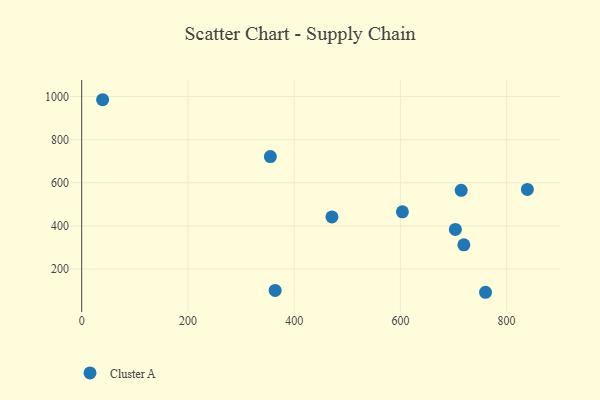
{"axis": {"x": "Price", "y": "Fuel Efficiency"}, "legend": ["Cluster A"], "data": [{"x": "719.5", "y": 312.5, "type": "Cluster A"}, {"x": "703.5", "y": 383.7, "type": "Cluster A"}, {"x": "364.2", "y": 101.0, "type": "Cluster A"}, {"x": "39.4", "y": 985.1, "type": "Cluster A"}, {"x": "839.1", "y": 569.1, "type": "Cluster A"}, {"x": "471.1", "y": 441.8, "type": "Cluster A"}, {"x": "603.8", "y": 465.6, "type": "Cluster A"}, {"x": "355.2", "y": 721.7, "type": "Cluster A"}, {"x": "760.3", "y": 92.6, "type": "Cluster A"}, {"x": "714.5", "y": 565.2, "type": "Cluster A"}]}